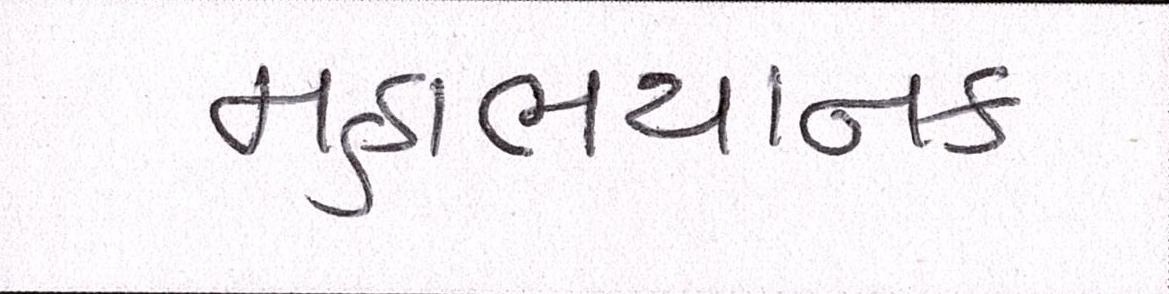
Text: મહાભયાનક